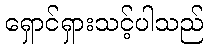
ရှောင်ရှားသင့်ပါသည်